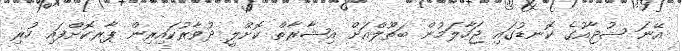
އޭނަ ޝުޖާއުގެ ކޮނޑުގައި ޖަހާލަމުން ބަތޫލްއަށް އިޝާރާތް ކޮށްލީ ދުވާރުކައިރިން ޕާރކޮށްފައި ހުރި